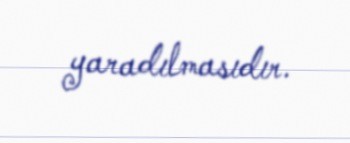
yaradılmasıdır.